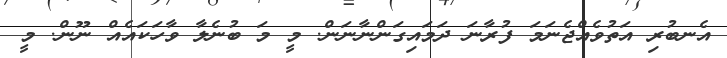
އެނބުރި އަތުވެއްޖެނަމަ ފުރާނަ ދަމައިގަންނާނަން. މީ މަ ބުނެލާ ވާހަކައެއް ނޫން. މީ